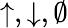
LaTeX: \uparrow,\downarrow,\emptyset